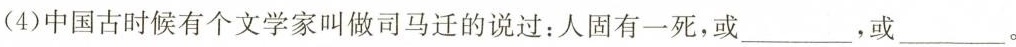
(4)中国古时候有个文学家叫做司马迁的说过：人固有一死，或___，或___。